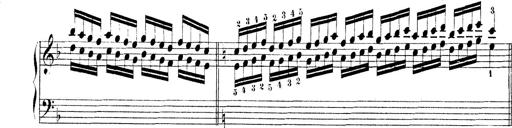
Title: Technische Studien
Composer: Franz Liszt